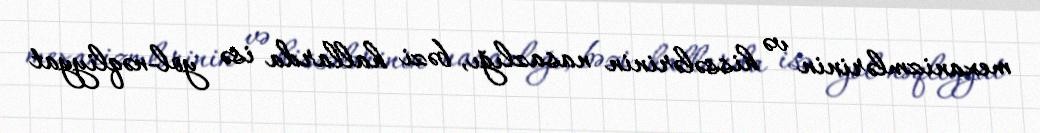
mexanizmlərinin və hissələrinin nasazlığı, bəzi hallarda isə yol-nəqliyyat